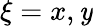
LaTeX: \xi=x,\mathit{y}